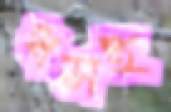
ধসই